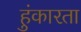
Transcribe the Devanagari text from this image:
हुंकारता